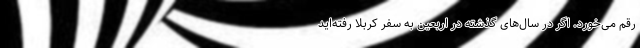
رقم می‌خورد. اگر در سال‌های گذشته در اربعین به سفر کربلا رفته‌اید